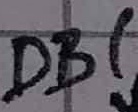
Text: DB1